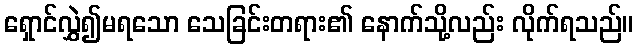
ရှောင်လွှဲ၍မရသော သေခြင်းတရား၏ နောက်သို့လည်း လိုက်ရသည်။